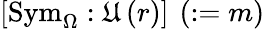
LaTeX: \left[\mathrm{Sym}_{\Omega}:\mathfrak{U}\left(r\right)\right]\: \left(:=m\right)